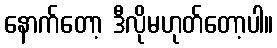
နောက်တော့ ဒီလိုမဟုတ်တော့ပါ။